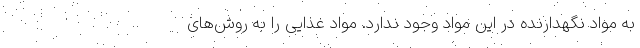
به مواد نگهدارنده در این مواد وجود ندارد. مواد غذایی را به روش‌های